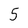
Character: 5